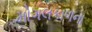
મોગલકાળના